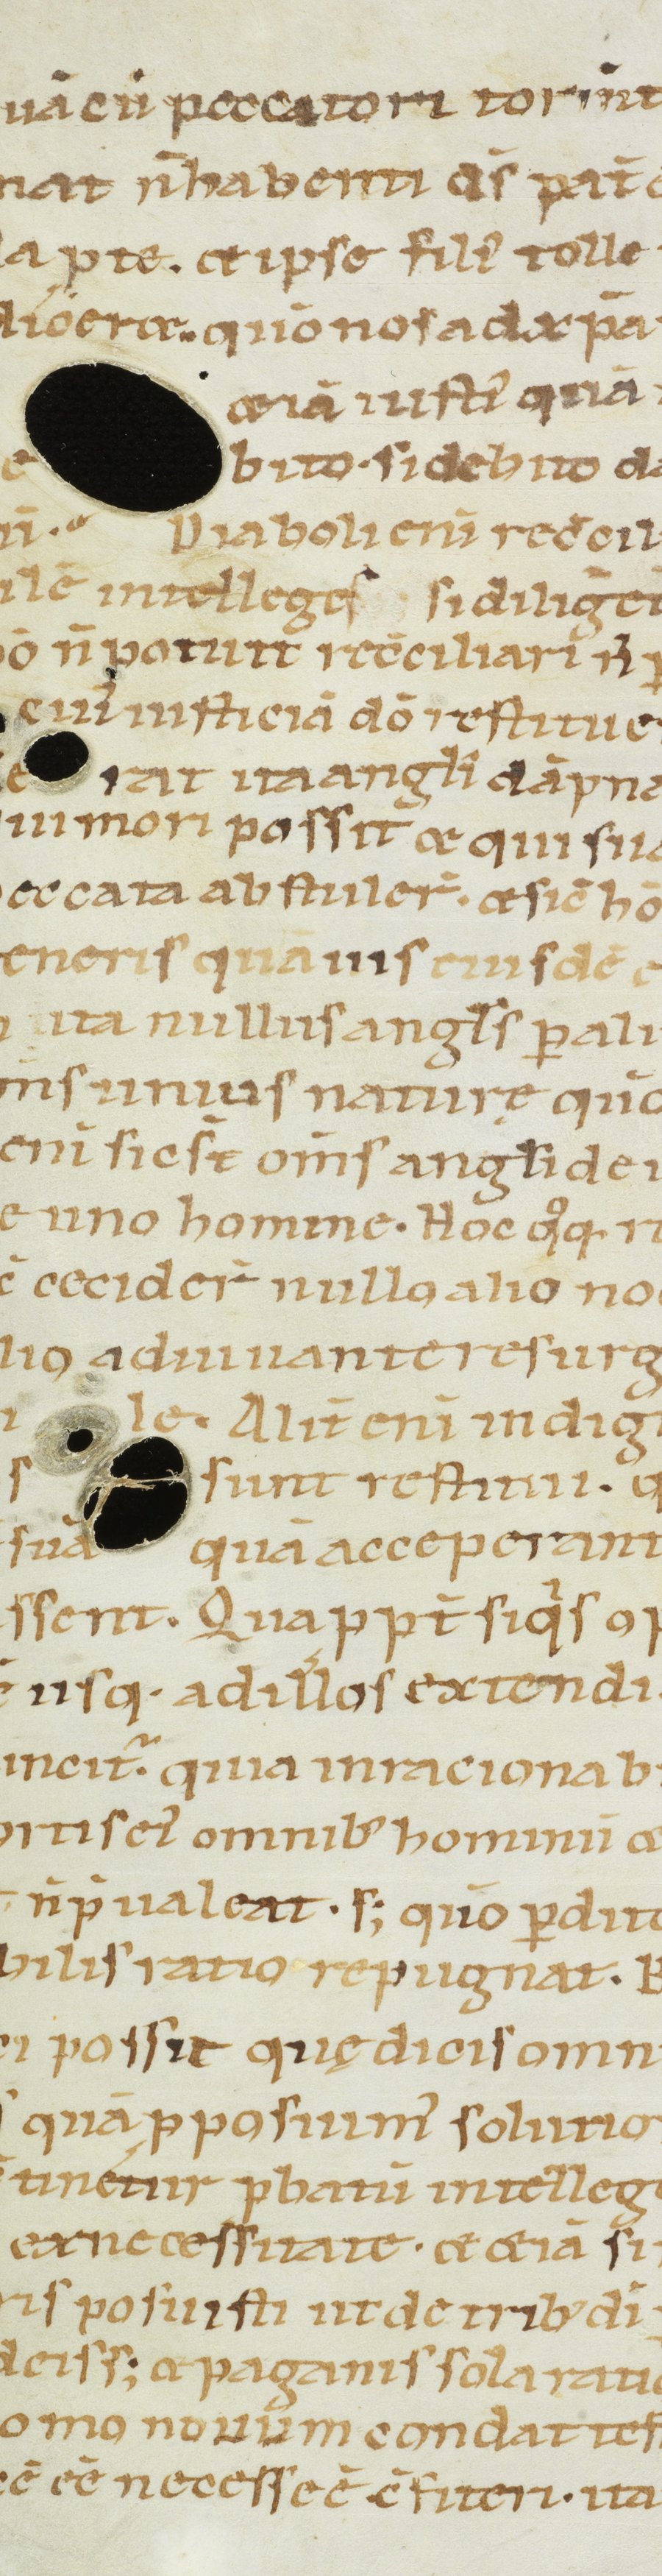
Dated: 1100–1199